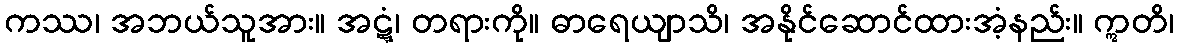
ကဿ၊ အဘယ်သူအား။ အဋ္ဋံ၊ တရားကို။ ဓာရေယျာသိ၊ အနိုင်ဆောင်ထားအံ့နည်း။ ဣတိ၊